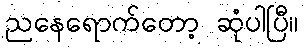
ညနေရောက်တော့ ဆုံပါပြီ။